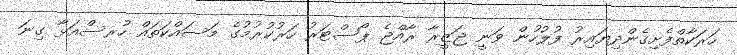
ހަރަކާތްފެށިގެންދިޔައިރު ފުލުހުން ވަނީ ޖަޒީރާ ރާއްޖެ ޕޯސްޓަރު ހަރުކުރުމުގެ މަސައްކަތައް ހުރސްއަޅާ ގިނަ